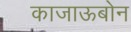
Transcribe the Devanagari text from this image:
काजाऊबोन